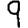
Digit: 9